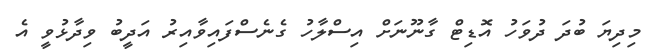
މިދިޔަ ބުދަ ދުވަހު އޮޑިޓް ގާނޫނަށް އިސްލާހު ގެނެސްފައިވާއިރު އަދީބު ވިދާޅުވީ އެ